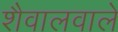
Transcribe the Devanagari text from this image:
शैवालवाले